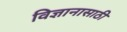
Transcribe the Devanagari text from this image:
विज्ञानासाठी